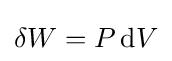
\delta W=P\,\mathrm {d} V